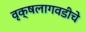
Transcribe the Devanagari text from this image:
वृक्षलागवडीचे